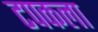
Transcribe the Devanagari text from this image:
टपकला